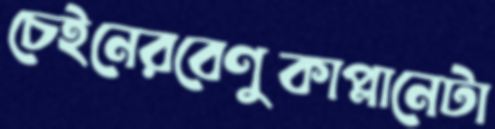
চেইনেরবেণুকাপ্লানেটা